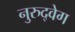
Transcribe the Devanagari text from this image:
नुरुद्वेग